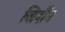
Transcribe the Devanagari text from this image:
जिदौंग